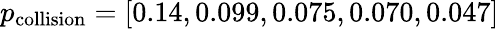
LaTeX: p_{\mathrm{collision}}=[0.14,0.099,0.075,0.070,0.047]